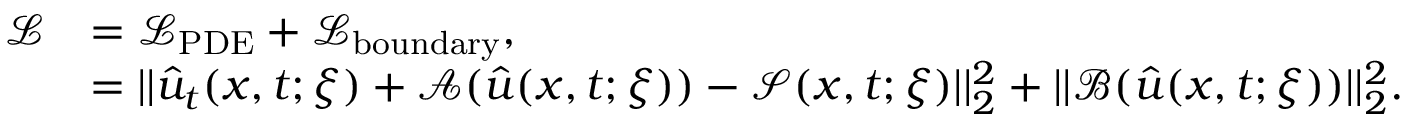
\begin{array} { r l } { \mathcal { L } } & { = \mathcal { L } _ { \mathrm { P D E } } + \mathcal { L } _ { \mathrm { b o u n d a r y } } , } \\ & { = | | \hat { u } _ { t } ( \boldsymbol { x } , t ; \boldsymbol { \xi } ) + \mathcal { A } ( \hat { u } ( \boldsymbol { x } , t ; \boldsymbol { \xi } ) ) - \mathcal { S } ( \boldsymbol { x } , t ; \boldsymbol { \xi } ) | | _ { 2 } ^ { 2 } + | | \mathcal { B } ( \hat { u } ( \boldsymbol { x } , t ; \boldsymbol { \xi } ) ) | | _ { 2 } ^ { 2 } . } \end{array}